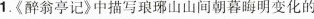
1.《醉翁亭记》中描写琅琊山山间朝暮晦明变化的